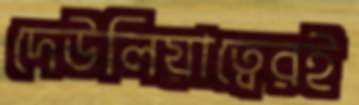
দেউলিয়াত্বেরই